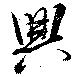
興